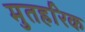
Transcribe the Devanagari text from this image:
मुतहरिक